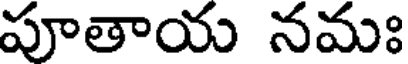
పూతాయ నమః